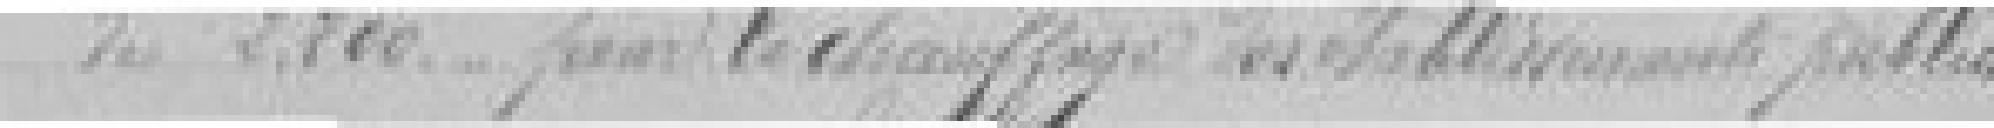
de 2.200 francs pour le chauffage des établissements publics